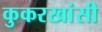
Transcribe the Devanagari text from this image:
कुकरखांसी